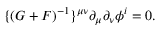
\{ ( G + F ) ^ { - 1 } \} ^ { \mu \nu } \partial _ { \mu } \partial _ { \nu } \phi ^ { i } = 0 .